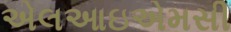
એલઆઇએમસી